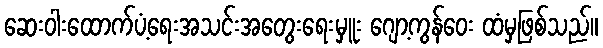
ဆေးဝါးထောက်ပံ့ရေးအသင်းအတွေးရေးမှူး ဂျော့ကွန်ဝေး ထံမှဖြစ်သည်။